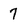
Character: 7